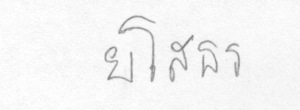
ยโสธร